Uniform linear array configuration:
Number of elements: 64
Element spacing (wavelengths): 0.5
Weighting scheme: hamming
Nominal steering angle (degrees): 0
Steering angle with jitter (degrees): -1.124
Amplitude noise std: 0.05
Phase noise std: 0.05

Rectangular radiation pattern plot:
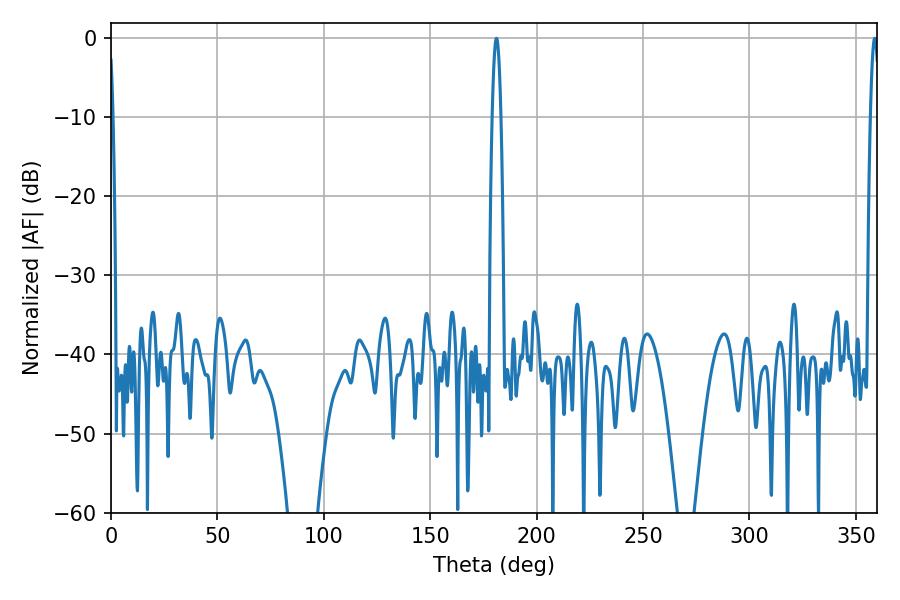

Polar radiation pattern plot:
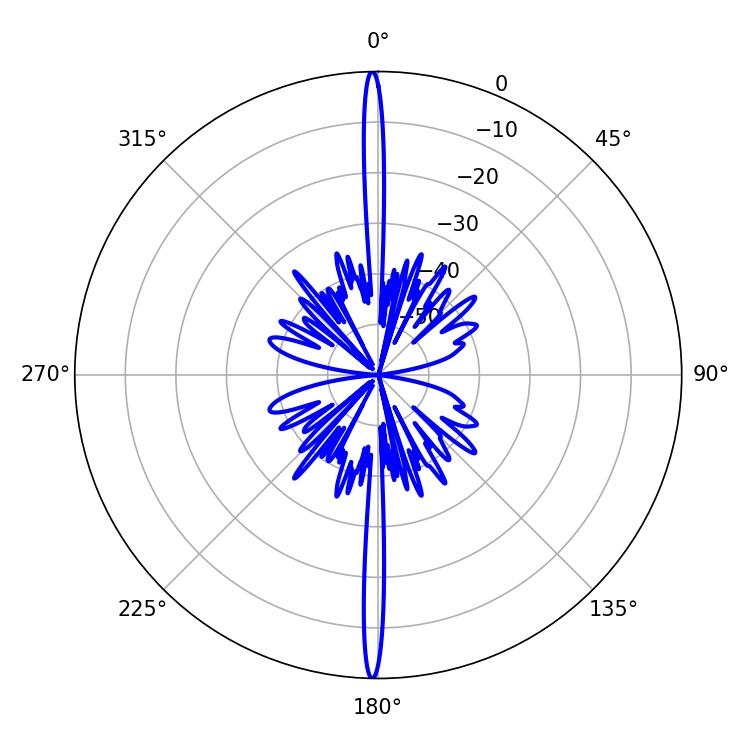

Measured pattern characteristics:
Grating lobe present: FALSE
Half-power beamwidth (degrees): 2.16
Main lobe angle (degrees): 181.08